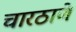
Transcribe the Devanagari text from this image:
चारठाणे